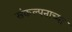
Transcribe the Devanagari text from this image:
संकल्पनाच्या